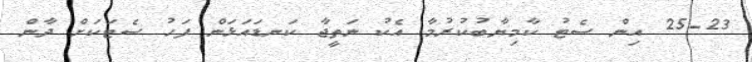
25-23 އިން ސެޓު ކާމިޔާބުކުރުމާ އެކު ނަތީޖާ ކަނޑައަޅަން ފަހު ސެޓަކަށް ދާން